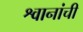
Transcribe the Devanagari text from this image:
श्वानांची